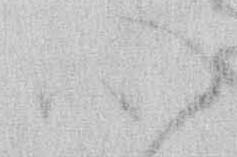
心